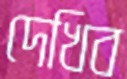
দেখিব